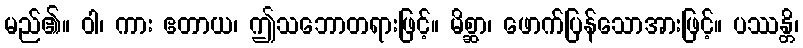
မည်၏။ ဝါ၊ ကား ဧတာယ၊ ဤသဘောတရားဖြင့်။ မိစ္ဆာ၊ ဖောက်ပြန်သောအားဖြင့်။ ပဿန္တိ၊